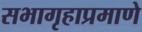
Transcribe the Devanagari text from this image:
सभागृहाप्रमाणे